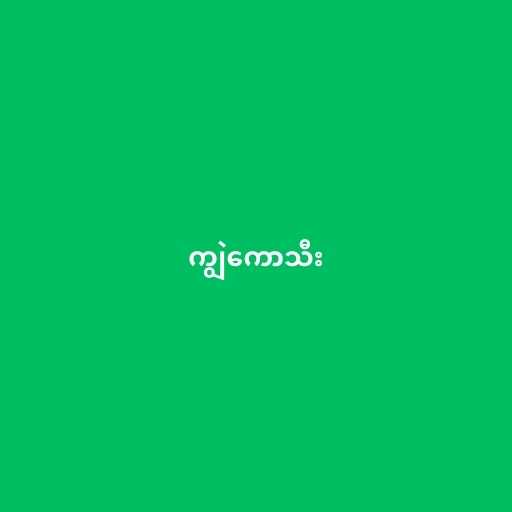
ကျွဲကောသီး